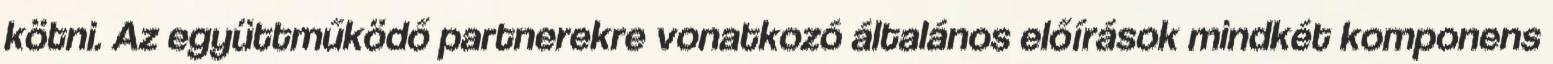
kötni. Az együttműködő partnerekre vonatkozó általános előírások mindkét komponens